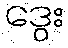
ဒွေး